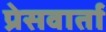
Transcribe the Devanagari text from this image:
प्रेसवार्ता